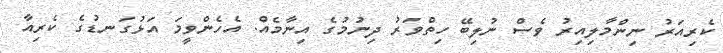
ކެރިއަރު ނިންމާލިއިރު ވެސް ނުލިބޭ ހިތްވަރު ދިނުމުގެ އިނާމެއް. އެހެންވީމަ އަޅުގަނޑުގެ ކެރިއާ